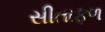
સીતાફળ